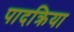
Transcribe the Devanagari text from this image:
पादक्रिया